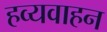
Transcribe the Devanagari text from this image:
हव्यवाहन